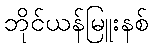
ဘိုင်ယန်မြူးနစ်